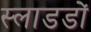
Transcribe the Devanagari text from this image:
स्लाडडों